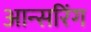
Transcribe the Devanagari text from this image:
आन्सरिंग